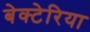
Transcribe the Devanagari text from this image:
बेक्टेरिया